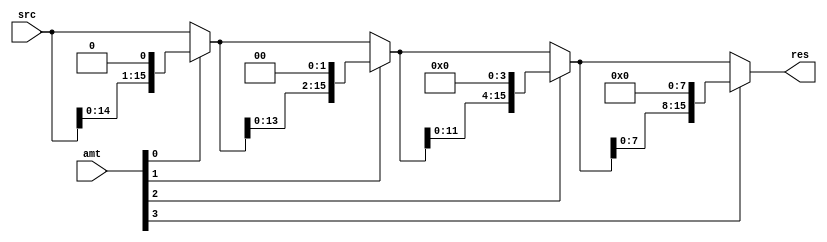
/* $Author: Garret Huibregtse # */
/* $LastChangedDate: 2019-03-01 18:01 (Fri, 15 March 2019) $ */
/* $Rev: 01 $ */
module lshift16(src, amt, res);

input [15:0] src;
input [3:0] amt;

output [15:0] res;

wire [15:0] sh0, sh1, sh2;


assign sh0 = amt[0] ? {src[14:0], 1'h0} : src;
assign sh1 = amt[1] ? {sh0[13:0], 2'h0} : sh0;
assign sh2 = amt[2] ? {sh1[11:0], 4'h0} : sh1;
assign res = amt[3] ? {sh2[7:0], 8'h0} : sh2;

endmodule